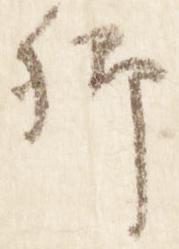
卿